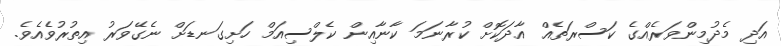
އަދި މެދުމިންވަރެއްގެ ކަސްރަތެއް އާދަކޮށް ކުރާނަމަ ކާނާއިން ކެލްސިއަމް ހަށިގަނޑަށް ނެގޭވަރު އިތުރުވެއެވެ.